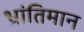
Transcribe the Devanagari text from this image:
भ्रांतिमान